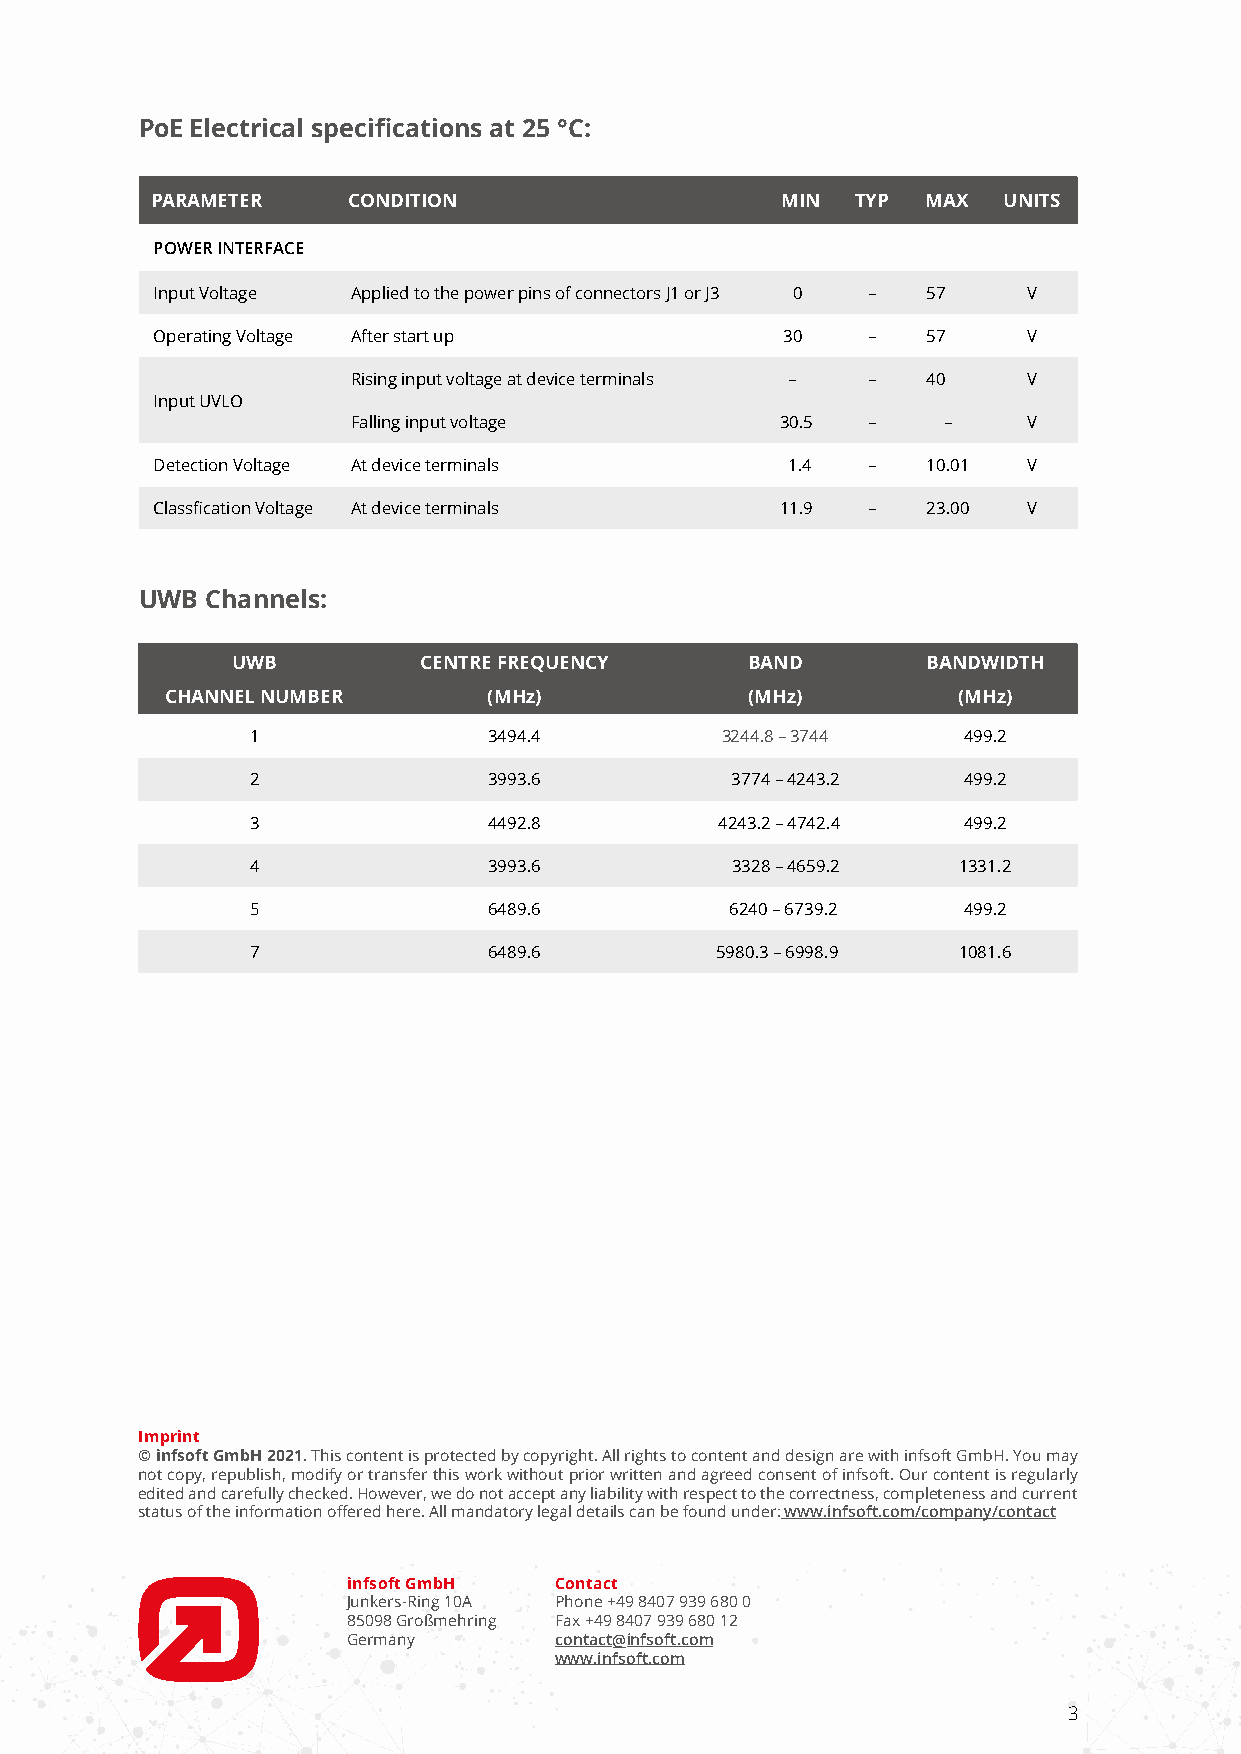
PoE Electrical specifications at 25 °C:
 PARAMETER    CONDITION                    MIN  TYP MAX  UNITS
 POWER INTERFACE
 Input Voltage Applied to the power pins of connectors J1 or J3 0 – 57 V
 Operating Voltage After start up          30   –   57     V
 Rising input voltage at device terminals – – 40 V
 Input UVLO
 Falling input voltage        30.5 –    –     V
 Detection Voltage At device terminals     1.4  –   10.01  V
 Classfication Voltage At device terminals 11.9 –   23.00  V
 UWB  Channels:
 UWB          CENTRE FREQUENCY     BAND        BANDWIDTH
 CHANNEL NUMBER       (MHz)             (MHz)        (MHz)
 1              3494.4          3244.8 – 3744   499.2
 2              3993.6          3774 – 4243.2   499.2
 3              4492.8          4243.2 – 4742.4 499.2
 4              3993.6          3328 – 4659.2  1331.2
 5              6489.6          6240 – 6739.2   499.2
 7              6489.6         5980.3 – 6998.9 1081.6
 Imprint
 © infsoft GmbH 2021. This content is protected by copyright. All rights to content and design are with infsoft GmbH. You may
 not copy, republish, modify or transfer this work without prior written and agreed consent of infsoft. Our content is regularly
 edited and carefully checked. However, we do not accept any liability with respect to the correctness, completeness and current
 status of the information offered here. All mandatory legal details can be found under: www.infsoft.com/company/contact
 infsoft GmbH  Contact
 Junkers-Ring 10A Phone +49 8407 939 680 0
 85098 Großmehring Fax +49 8407 939 680 12
 Germany       contact@infsoft.com
 www.infsoft.com
 3